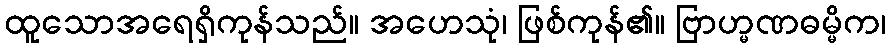
ထူသောအရေရှိကုန်သည်။ အဟေသုံ၊ ဖြစ်ကုန်၏။ ဗြာဟ္မဏဓမ္မိက၊